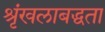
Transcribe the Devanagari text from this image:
श्रृंखलाबद्धता